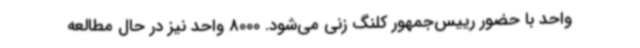
واحد با حضور رییس‌جمهور کلنگ زنی می‌شود. 8000 واحد نیز در حال مطالعه